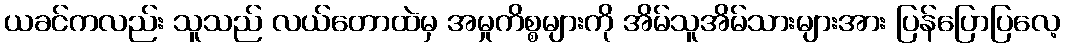
ယခင်ကလည်း သူသည် လယ်တောထဲမှ အမှုကိစ္စများကို အိမ်သူအိမ်သားများအား ပြန်ပြောပြလေ့